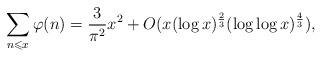
LaTeX: \begin{align*}\sum_{n\leqslant x} \varphi(n)=\frac{3}{\pi^2}x^2+O(x(\log x)^\frac{2}{3}(\log\log x)^\frac{4}{3}),\end{align*}